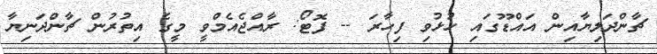
ޗާންދަލިޔާއިން އައްޑޫގައި ހުޅުވި ފިހާރަ -- ފޮޓޯ: ރާއްޖެއެމްވީ މީގެ އިތުރުން ޗާންދަނިޔާ